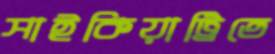
সাইকিয়াট্রিতে